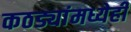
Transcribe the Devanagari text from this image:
कठड्यांमध्येही